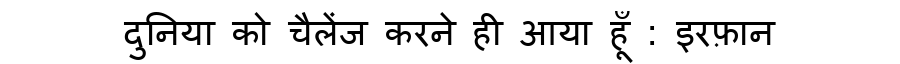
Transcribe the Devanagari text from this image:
दुनिया को चैलेंज करने ही आया हूँ : इरफ़ान